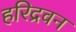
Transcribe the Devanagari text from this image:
हरिद्रवन